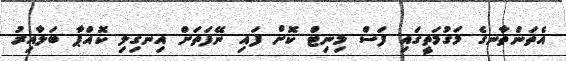
އެތަންތާނގެ މަގުމަތީގައި ފަސް މިނިޓް ކޮށް ފައި ނޭފަތަށް އިނގިލި ކޮއްޕާ ބަލާއިރު